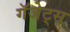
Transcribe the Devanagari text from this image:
गॅजेट्स